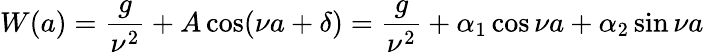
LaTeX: W(a)=\frac{g}{\nu^{2}}+A\cos(\nu a+\delta)=\frac{g}{\nu^{2}}+\alpha_{1}\cos\nu a+\alpha_{2}\sin\nu a